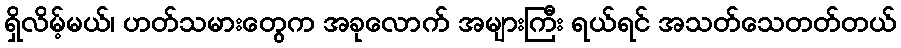
ရှိလိမ့်မယ်၊ ဟတ်သမားတွေက အခုလောက် အများကြီး ရယ်ရင် အသတ်သေတတ်တယ်